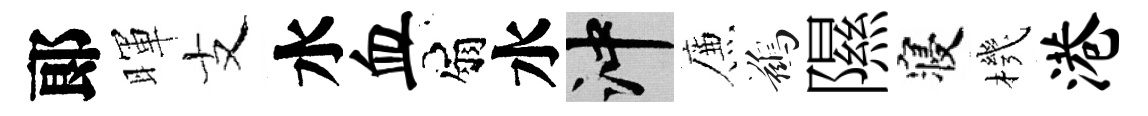
郞暉支水血扇水冲簾鷀隰寝機港